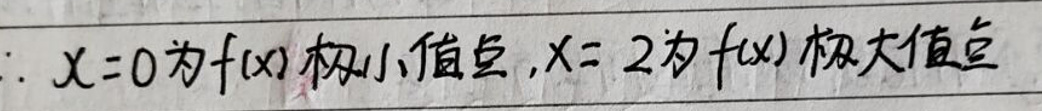
\(\therefore x = 0\)为\(f(x)\)极小值点，\(x = 2\)为\(f(x)\)极大值点